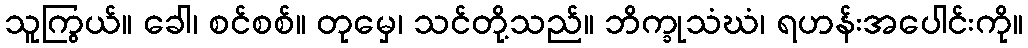
သူကြွယ်။ ခေါ၊ စင်စစ်။ တုမှေ၊ သင်တို့သည်။ ဘိက္ခုသံဃံ၊ ရဟန်းအပေါင်းကို။